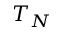
T _ { N }